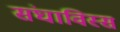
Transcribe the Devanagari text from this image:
संघाविस्सं